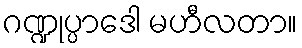
ဂဏ္ဍုပ္ပာဒေါ မဟီလတာ။